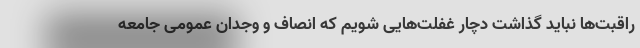
راقبت‌ها نباید گذاشت دچار غفلت‌هایی شویم که انصاف و وجدان عمومی جامعه